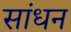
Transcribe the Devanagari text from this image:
सांधन